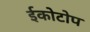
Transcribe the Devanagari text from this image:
ईकोटोप